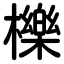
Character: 櫟